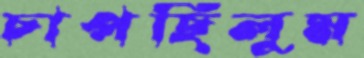
চাপছিলুম